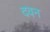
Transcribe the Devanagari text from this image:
दवन